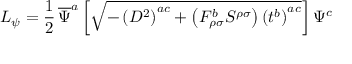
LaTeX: { \cal { L } } _ { \psi } = \frac { 1 } { 2 } \, \overline { { { \Psi } } } ^ { a } \left[ \sqrt { - \left( D ^ { 2 } \right) ^ { a c } + \left( F _ { \rho \sigma } ^ { b } S ^ { \rho \sigma } \right) \left( t ^ { b } \right) ^ { a c } } \right] \Psi ^ { c }